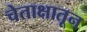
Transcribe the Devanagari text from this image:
चेताक्षातून